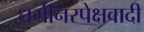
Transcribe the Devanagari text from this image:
धर्मनिरपेक्षवादी